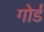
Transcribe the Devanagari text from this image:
गोर्ड